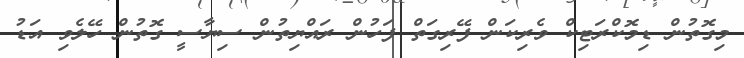
މިގޮތުން ޑިމޮކްރަޓިކް ވެރިކަން ފޭރިގަތް ފަހުން ރައްޔިތުން ސިޔާސީ ގޮތުން ހޭލެވި އަޑު